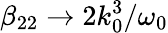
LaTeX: \beta_{22}\to 2k_{0}^{3}/\omega_{0}